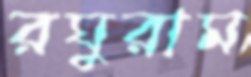
রঘুরাম